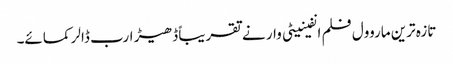
تازہ ترین ماروول فلم انفینیٹی وار نے تقریباً ڈھیڑ ارب ڈالر کمائے۔